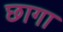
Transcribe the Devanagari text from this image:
छागा